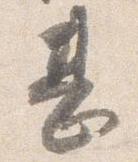
甚